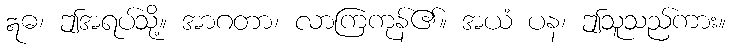
ဣဓ၊ ဤအရပ်သို့။ အာဂတာ၊ လာကြကုန်၏။ အယံ ပန၊ ဤသူသည်ကား။